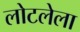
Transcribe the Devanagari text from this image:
लोटलेला